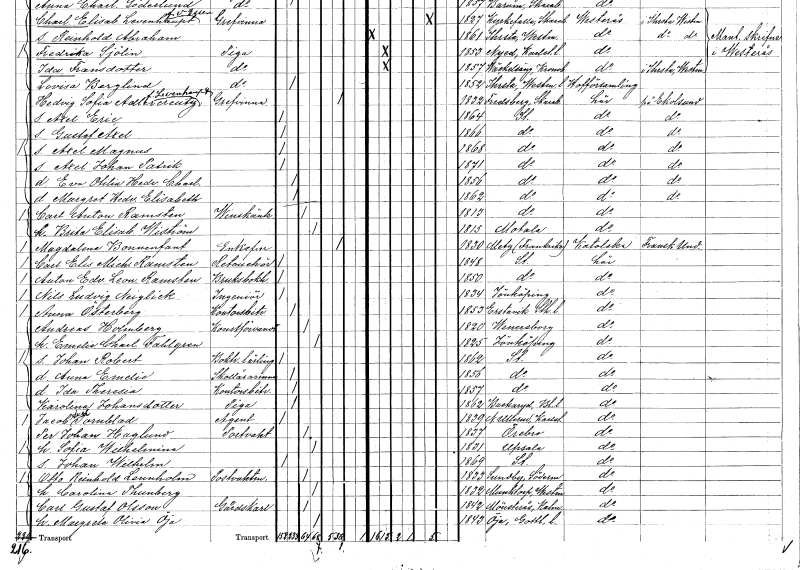
gt_parse: households: individuals: FN: Margret Hedvig Elisabeth
KON: K
CIV: O
FODAR: 1862
FODFORS: Stockholm
FN: Carl Anton
EN: Ramsten
YRKE: Vinskänk
KON: M
CIV: G
FODAR: 1813
FODFORS: Stockholm
FN: Brita Elisabet
EN: Wiström
KON: K
CIV: G
FODAR: 1815
FODFORS: Motala Östergötlands län
FN: Magdalena
EN: Bonnenfant
KON: K
CIV: E
FODAR: 1830
FN: Carl Elis Michael
EN: Ramsten
YRKE: Retuchör
KON: M
CIV: O
FODAR: 1848
FODFORS: Stockholm
FN: Anton Edvard Leonard
EN: Ramsten
YRKE: Bruksbokhållare
KON: M
CIV: O
FODAR: 1850
FODFORS: Stockholm
FN: Nils Ludvig
EN: Neiglick
YRKE: Ingenjör
KON: M
CIV: O
FODAR: 1834
FODFORS: Jönköping Jönköpings län
FN: Anna
EN: Österberg
YRKE: Kontorsbiträde
KON: K
CIV: O
FODAR: 1853
FODFORS: Erstavik Stockholms län
FN: Andreas
EN: Holmberg
YRKE: Konstförvandt
KON: M
CIV: G
FODAR: 1820
FODFORS: Vänersborg Älvsborgs län
FN: Emelie Charlotta
EN: Fahlgren
KON: K
CIV: G
FODAR: 1825
FODFORS: Jönköping Jönköpings län
FN: Johan Robert
YRKE: Boktryckerilärling
KON: M
CIV: O
FODAR: 1862
FODFORS: Stockholm
FN: Anna Emelie
YRKE: Skollärarinna
KON: K
CIV: O
FODAR: 1856
FODFORS: Stockholm
FN: Ida Theresia
YRKE: Kontorsbiträde
KON: K
CIV: O
FODAR: 1857
FODFORS: Stockholm
FN: Karolina
EN: Johansdotter
YRKE: Piga
KON: K
CIV: O
FODAR: 1862
FODFORS: Backaryd Blekinge län
FN: Jacob Axel
EN: Tornblad
YRKE: Agent
KON: M
CIV: O
FODAR: 1839
FODFORS: Nedre Ullerud Värmlands län
FN: Per Johan
EN: Haglund
YRKE: Portvakt
KON: M
CIV: G
FODAR: 1837
FODFORS: Örebro Örebro län
FN: Sofia Wilhelmina
KON: K
CIV: G
FODAR: 1831
FODFORS: Uppsala Uppsala län
FN: Johan Wilhelm
KON: M
CIV: O
FODAR: 1869
FODFORS: Stockholm
FN: Otto Reinhold
EN: Lennholm
YRKE: Postvaktmästare
KON: M
CIV: G
FODAR: 1833
FODFORS: Sundby Södermanlands län
FN: Carolina
EN: Thunberg
KON: K
CIV: G
FODAR: 1832
FODFORS: Munktorp Västmanlands län
FN: Carl Gustaf
EN: Olsson
YRKE: Gårdskarl
KON: M
CIV: G
FODAR: 1842
FODFORS: Mönsterås Kalmar län
FN: Margreta Olivia
EN: Öja
KON: K
CIV: G
FODAR: 1843
FODFORS: Öja Gotlands län